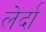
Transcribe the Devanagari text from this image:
लेर्दा